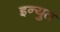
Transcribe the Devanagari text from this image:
इन्युत